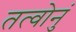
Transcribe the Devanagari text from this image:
तत्वोनुं